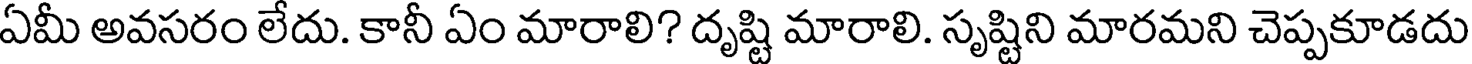
ఏమీ అవసరం లేదు. కానీ ఏం మారాలి? దృష్టి మారాలి. సృష్టిని మారమని చెప్పకూడదు